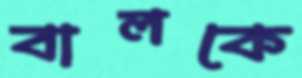
বালকে